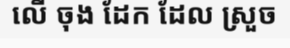
លើ ចុង ដែក ដែល ស្រួច